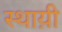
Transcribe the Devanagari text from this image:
स्थाय़ी